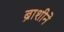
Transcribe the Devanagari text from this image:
ब्राशीने